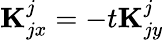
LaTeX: {\mathbf K}_{jx}^{j}=-t{\mathbf K}_{jy}^{j}